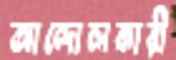
আন্দোলকারী